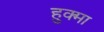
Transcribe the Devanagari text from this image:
हुक्मा